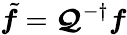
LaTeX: \tilde{\boldsymbol{f}}=\boldsymbol{\mathcal{Q}}^{-\dagger}\boldsymbol{f}